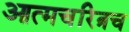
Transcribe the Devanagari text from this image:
आत्मचरित्रच